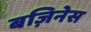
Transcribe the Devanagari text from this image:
बज़िनेस